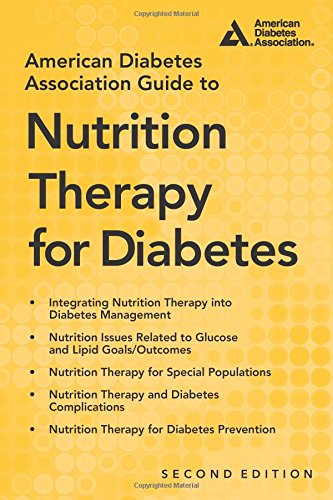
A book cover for American Diabetes Association Guide to Nutrition Therapy for Diabetes; Marion J. Franz M.S.; Medical Books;